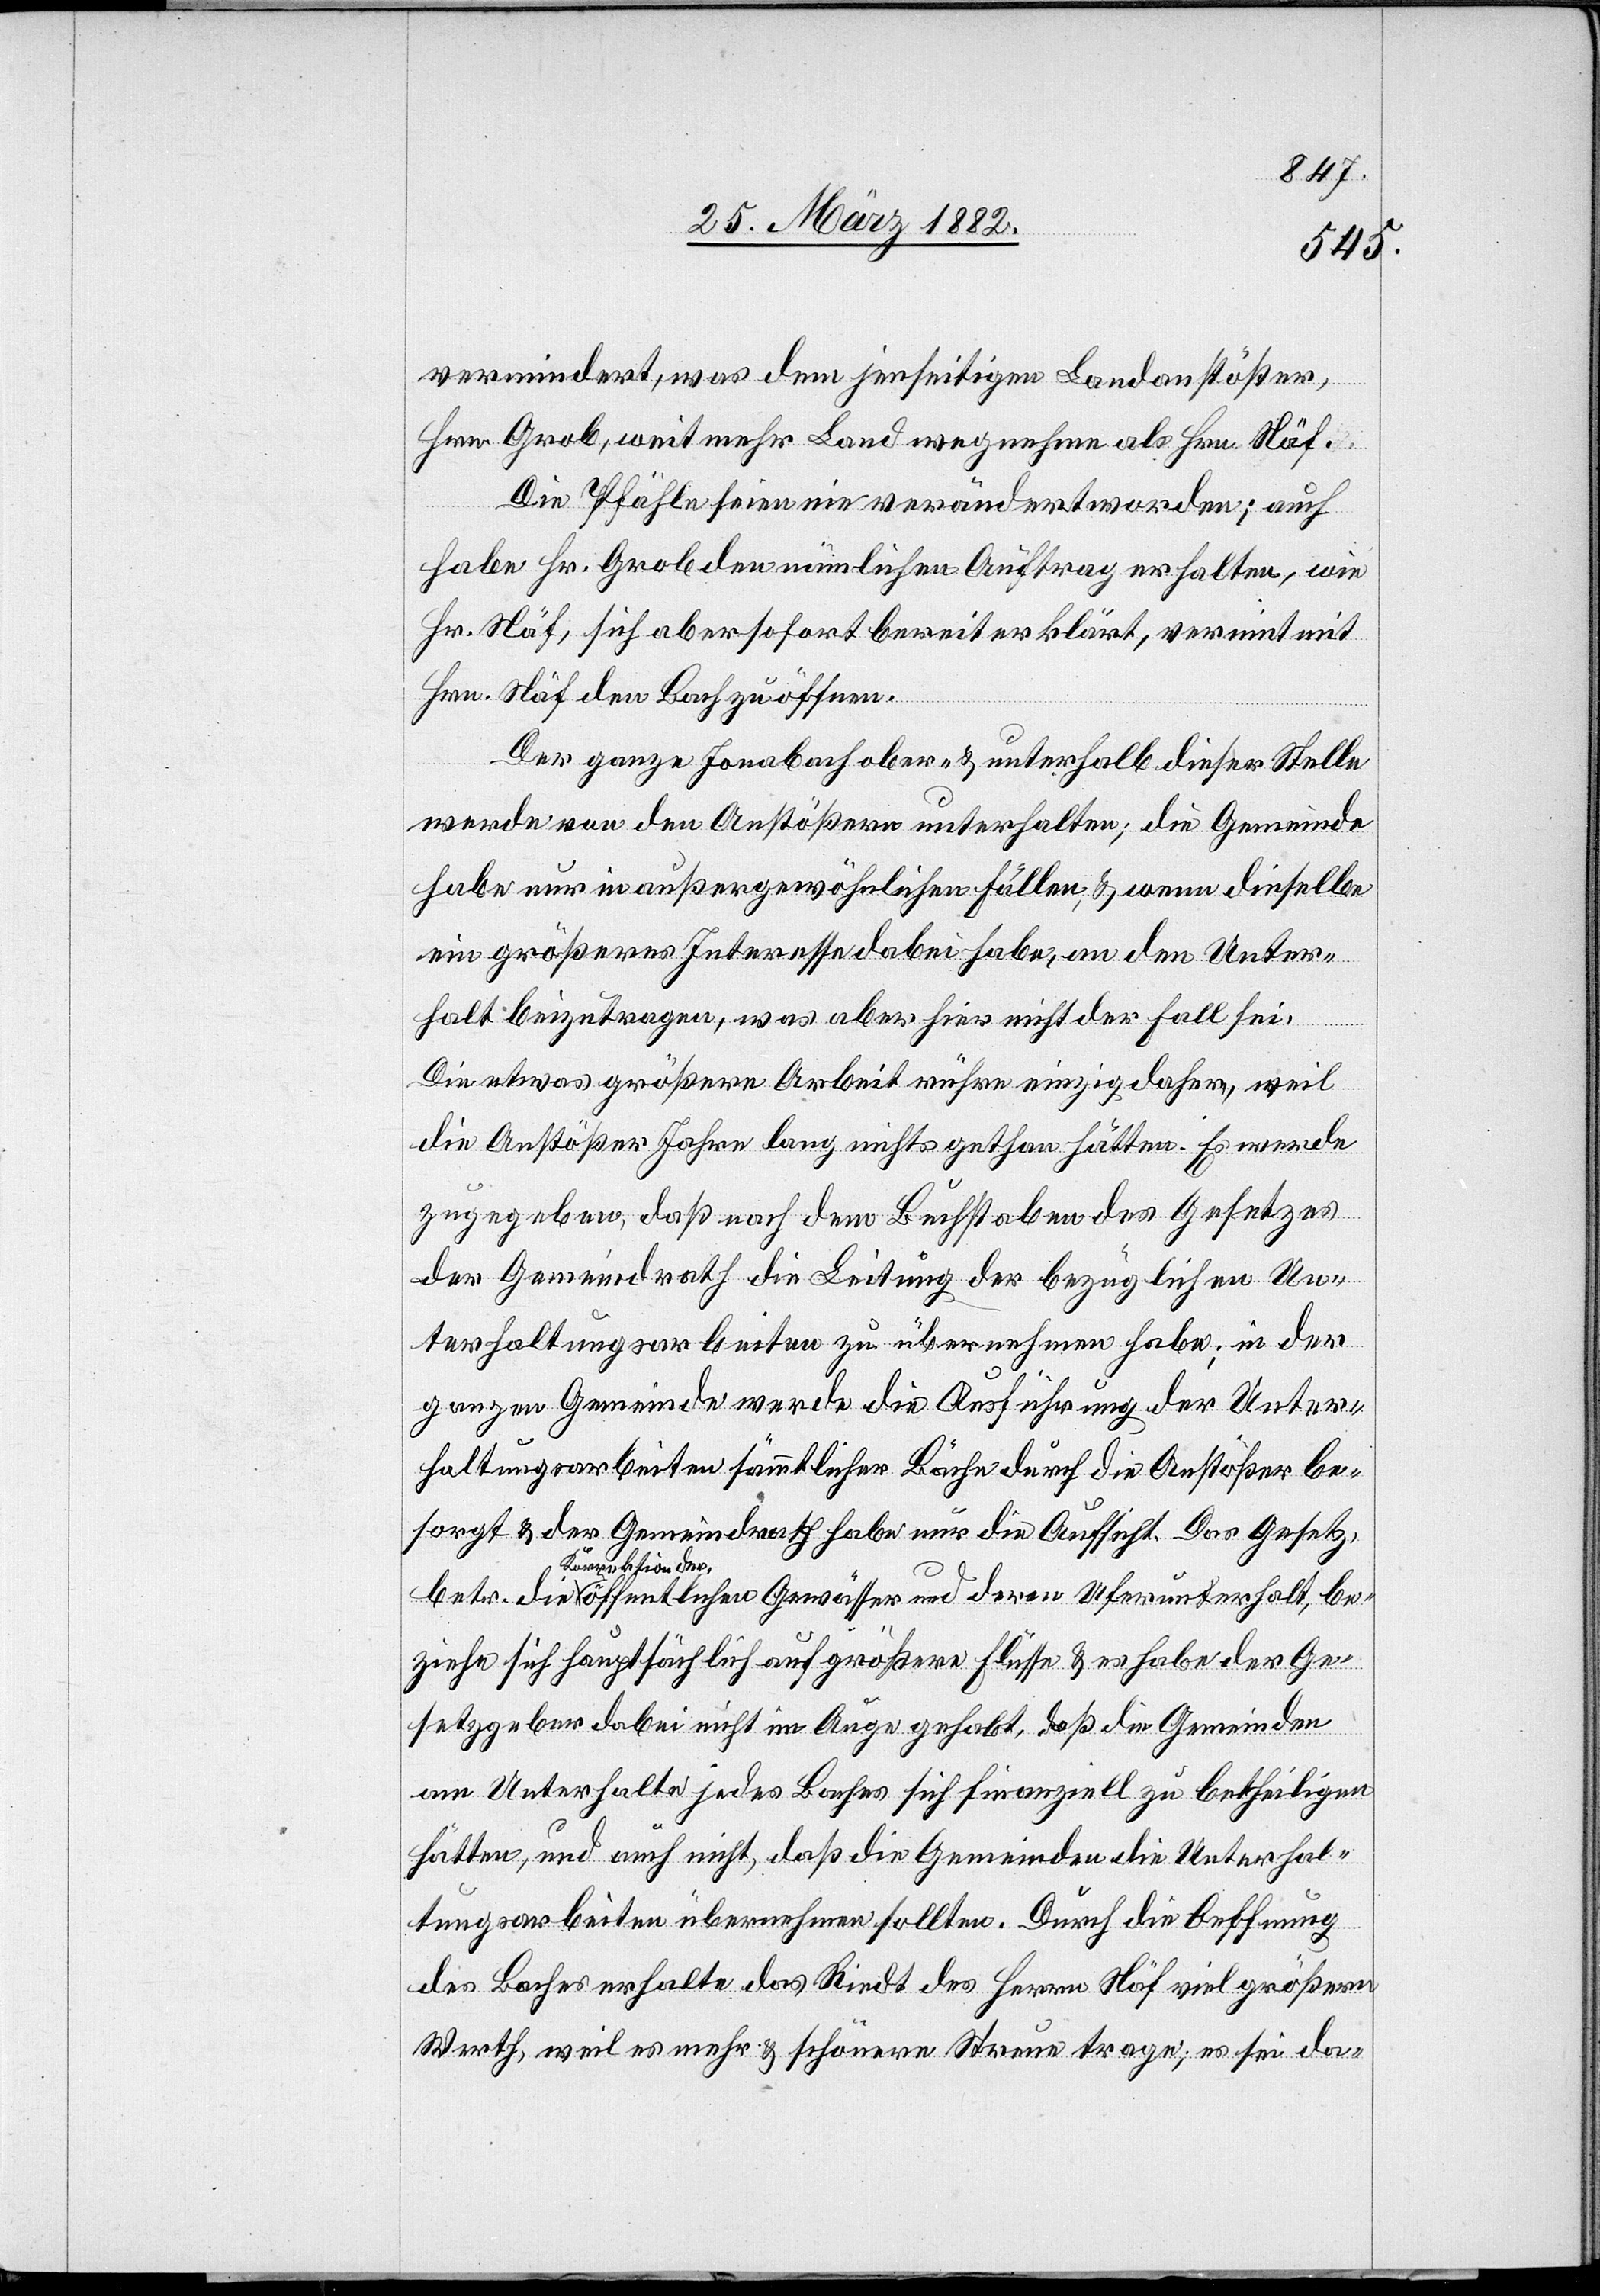
vermindert, was dem jenseitigen Landanstößer,
Hrn. Grob, weit mehr Land wegnahm als Hrn. Näf.
Die Pfähle seien nie verändert worden; auch
habe Hr. Grob den nämlichen Auftrag erhalten, wie
Hr. Näf, sich aber sofort bereit erklärt, vereint mit
Hrn. Näf den Bach zu öffnen.
Der ganze Jonabach ober- & unterhalb diese Stelle
werde von den Anstößern unterhalten; die Gemeinde
habe nur in außergewöhnlichen Fällen, & wenn dieselbe
ein größeres Interesse dabei habe, an den Unter¬
halt beizutragen, was aber hier nicht der Fall sei.
Die etwas größere Arbeit rühre einzig daher, weil
die Anstößer Jahre lang nichts gethan hätten. Es werde
zugegeben, daß nach den Buchstaben des Gesetzes
der Gemeindrath die Leitung der bezüglichen Un¬
terhaltungsarbeiten zu übernehmen habe; in der
ganzen Gemeinde werde die Ausführung der Unter¬
haltungsarbeiten sämmtlicher Bäche durch die Anstößer be¬
sorgt & der Gemeindrath habe nur die Aufsicht. Das Gesetz
a-Korrektion der-a
beziehe sich hauptsächlich auf größere Flüsse & es habe der Ge¬
setzgeber dabei nicht im Auge gehabt, daß die Gemeinden
am Unterhalte jedes Baches sich finanziell zu betheiligen
hätten, und auch nicht, daß die Gemeinden die Unterhal¬
tungsarbeiten übernehmen wollten. Durch die Oeffnung
des Baches erhalte das Riedt des Herrn Näf viel größeren
Werth, weil es mehr & schönere Streue trage; es sei da-